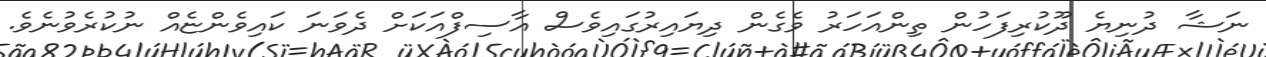
ނަޝާ ދުނިޔެ ދޫކުރިފަހުން ތިންއަހަރު ވެގެން ދިޔައިރުގައިވެސް އާސިފްއަކަށް ދެވަނަ ކައިވެންޏެއް ނުކުރެވުނެވެ.